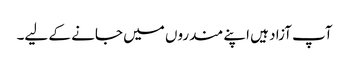
آپ آزاد ہیں اپنے مندروں میں جانے کے لیے۔